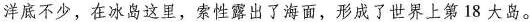
洋底不少，在冰岛这里，索性露出了海面，形成了世界上第18大岛。